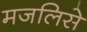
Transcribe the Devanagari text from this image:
मजलिसे